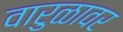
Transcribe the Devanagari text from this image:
वारुळावर